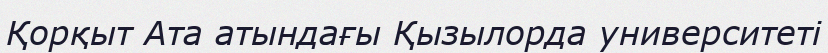
Қорқыт Ата атындағы Қызылорда университеті